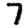
Digit: 7